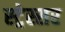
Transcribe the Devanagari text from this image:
स्ट्रेस्सर